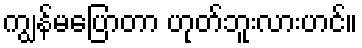
ကျွန်မပြောတာ ဟုတ်ဘူးလားဟင်။